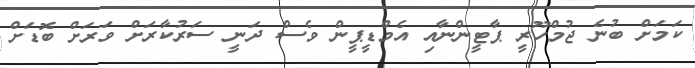
ކަމަށް ބުނެ ޖުމްހޫރީ ޕާޓީންނާއި އެމްޑީޕީން ވެސް ދަނީ ސަރުކާރަށް ވަރަށް ބޮޑަށް